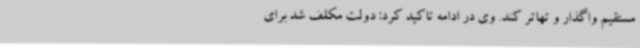
مستقیم واگذار و تهاتر کند. وی در ادامه تاکید کرد: دولت مکلف شد برای